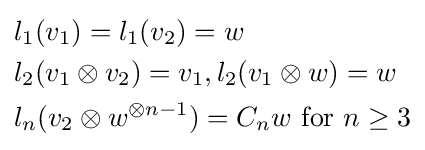
{\begin{aligned}&l_{1}(v_{1})=l_{1}(v_{2})=w\\&l_{2}(v_{1}\otimes v_{2})=v_{1},l_{2}(v_{1}\otimes w)=w\\&l_{n}(v_{2}\otimes w^{\otimes n-1})=C_{n}w{\text{ for }}n\geq 3\end{aligned}}